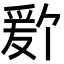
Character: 𬋫